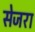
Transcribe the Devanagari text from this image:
सेजरा